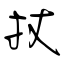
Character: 扙